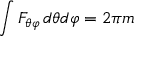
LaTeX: \int F _ { \theta \varphi } \, d \theta d \varphi = 2 \pi m